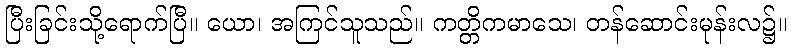
ပြီးခြင်းသို့ရောက်ပြီ။ ယော၊ အကြင်သူသည်။ ကတ္တိကမာသေ၊ တန်ဆောင်းမုန်းလ၌။